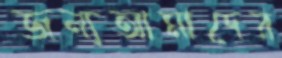
জন্যআমাদের